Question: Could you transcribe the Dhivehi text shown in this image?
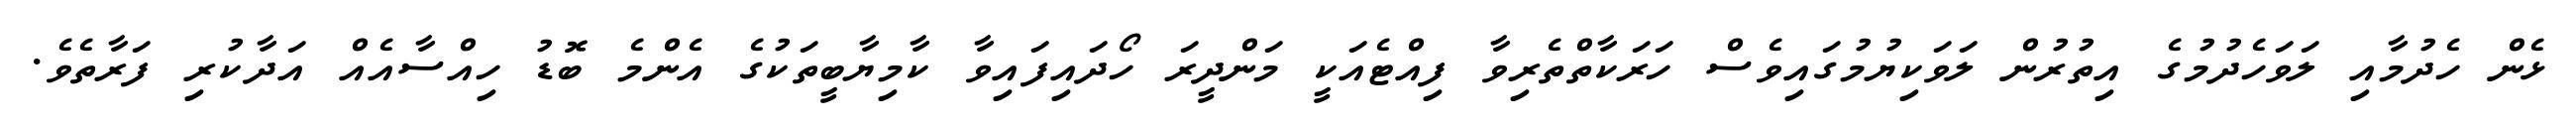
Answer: ޅެން ހެދުމާއި ލަވަހެދުމުގެ އިތުރުން ލަވަކިޔުމުގައިވެސް ހަރަކާތްތެރިވާ ފިއްޓެއަކީ މަންދީރަ ހޯދައިފައިވާ ކާމިޔާބީތަކުގެ އެންމެ ބޮޑު ހިއްސާއެއް އަދާކުރި ފަރާތެވެ.